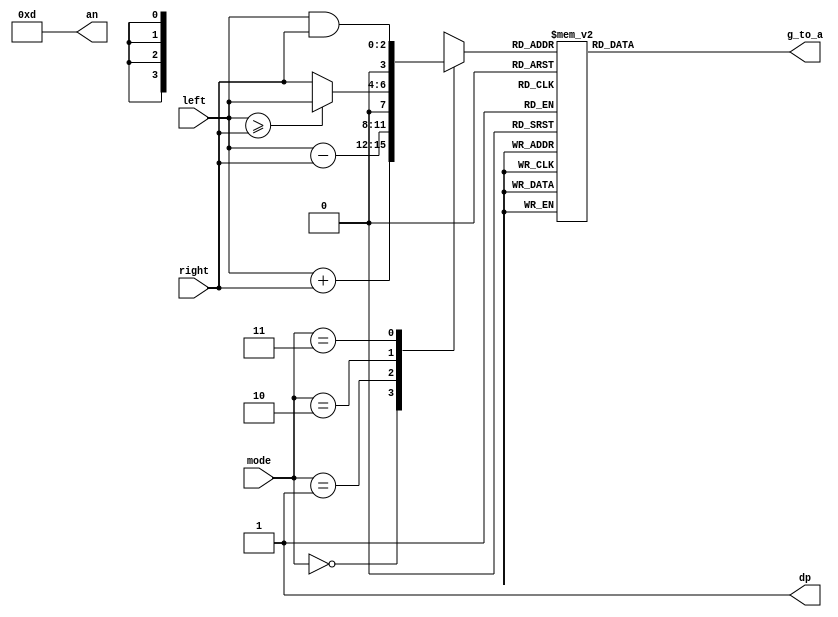
module ALU3_h7seg(
    input [2:0] left,right,
    input [1:0] mode,
    output reg [6:0] g_to_a,
    output [3:0] an,
    output dp
    );

	reg [3:0] alu_out = 4'bx;
	
	// for ALU 3 bit operation
	
	always @(left,right,mode)
		begin
			case(mode)
				0: alu_out = left + right;
				1: alu_out = left - right;
				2: if(left >= right)
				      alu_out = left ;
					else
					   alu_out = right;
				3: alu_out = left & right;
				default: alu_out = 4'bX;
			endcase
		end
		
	// for 7 segment display
	
	assign an = 4'b1101;
	assign dp = 1;
	
	always @(*)
		begin
			case(alu_out)
					0: g_to_a = 7'b1000000;
					1: g_to_a = 7'b1111001;
					2: g_to_a = 7'b0100100;
					3: g_to_a = 7'b0110000; //0000110
					4: g_to_a = 7'b0011001;
					5: g_to_a = 7'b0010010;
					6: g_to_a = 7'b0000010;
					7: g_to_a = 7'b1111000;
					8: g_to_a = 7'b0000000;
					9: g_to_a = 7'b0010000;
					
					'hA: g_to_a = 7'b0001000;
					'hb: g_to_a = 7'b0000011;
					'hC: g_to_a = 7'b1000110;
					'hd: g_to_a = 7'b0100001;
					'hE: g_to_a = 7'b0000110;
					'hF: g_to_a = 7'b0001110;
					default: g_to_a = 7'b0001000; //  0001000 = R
			endcase
		end

endmodule